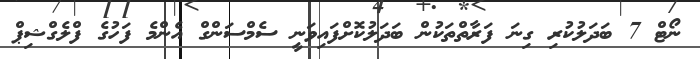
ނޯޓް 7 ބަދަލުކުރި ގިނަ ފަރާތްތަކުން ބަދަލުކޮށްފައިވަނީ ސެމްސަންގް އެންމެ ފަހުގެ ފްލެގްޝިޕް